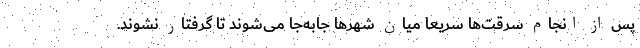
پس از انجام سرقت‌ها سریعا میان شهرها جابه‌جا می‌شوند تا گرفتار نشوند.